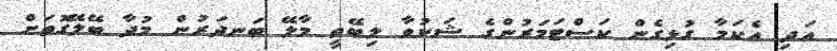
އަދި އެކަމާ ގުޅިގެން ކަސްޓަމަރުންގެ ޝަކުވާ ލިބޭތީ މާލޭ ބަނދަރުން މުދާ ބޭލޭގޮތަށް